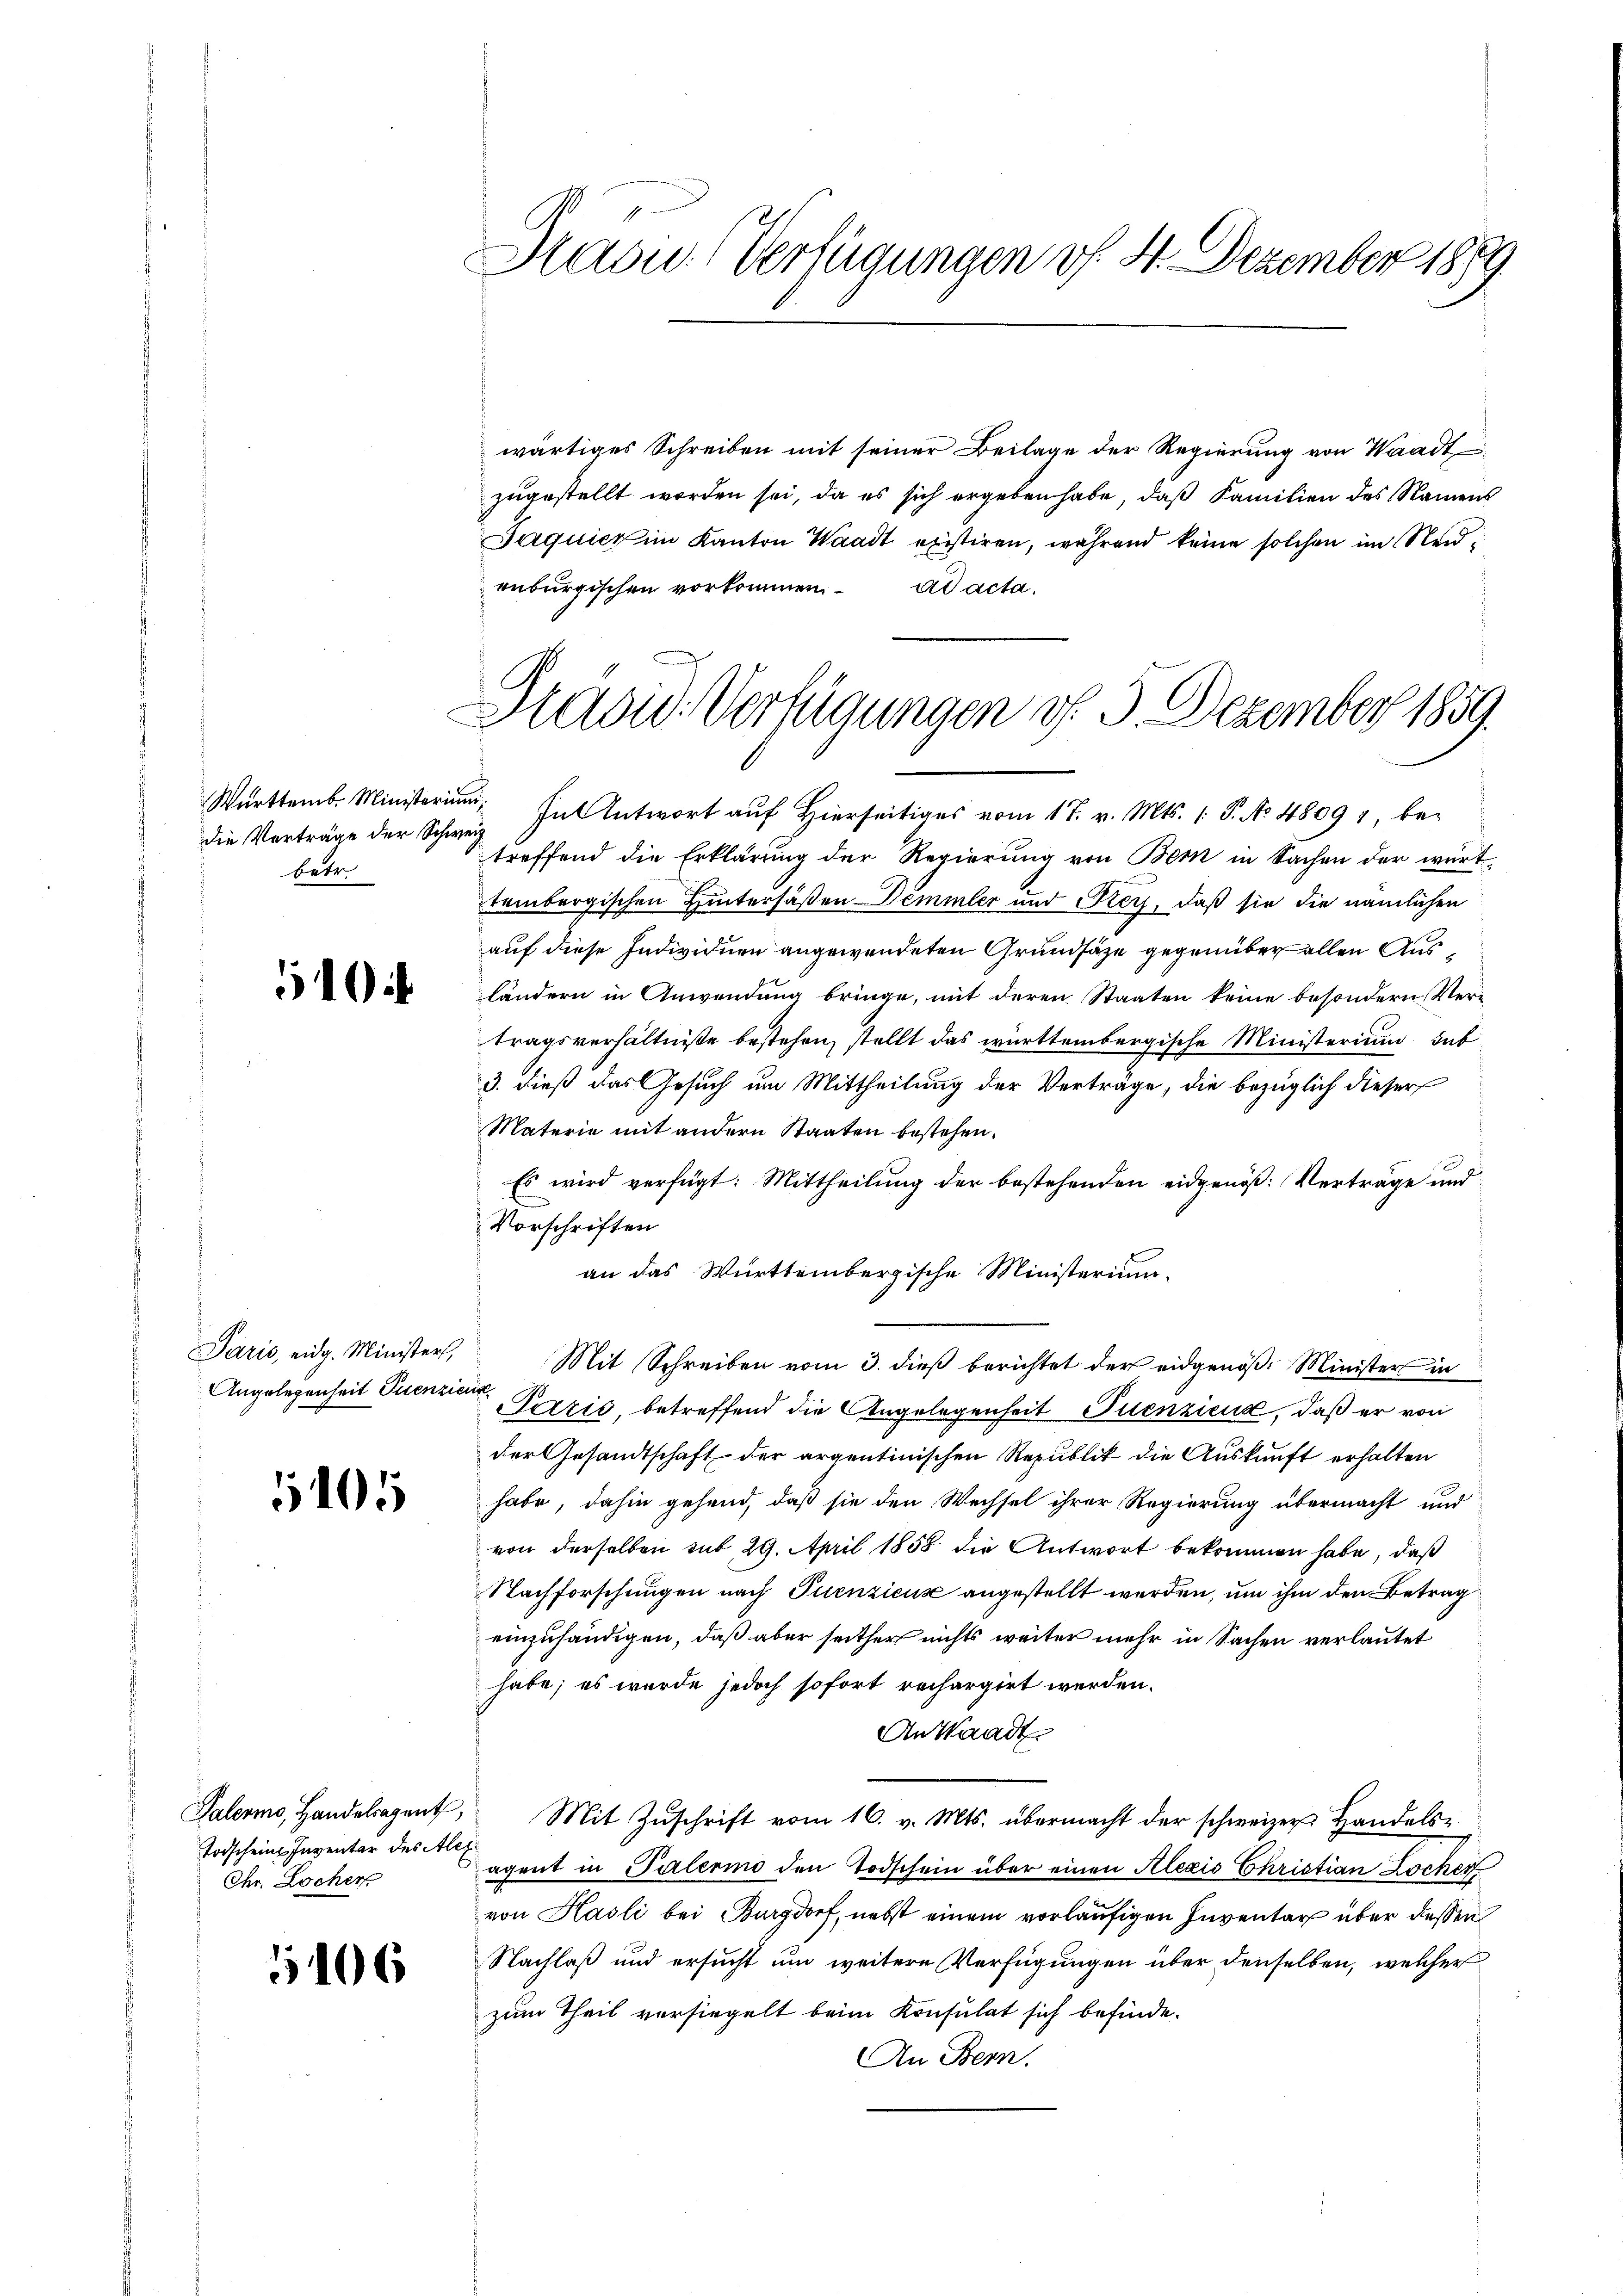
Württemb. Ministerium
die Verträge der Schweibetr

510

Paris, eidg. Minister,
Angelegenheit Puenzie

1405

Palermo, Handelsagent,
Todschein Inventar des Ale¬
Chr. Locher

1106

wärtiges Schreiben mit seiner Beilage der Regierung von Waadt
zugestellt worden sei, da es sich ergeben habe, daß Familien des Namens
Jaquier im Kanton Waadt existiren, während keine solchen im Neidenburgischen vorkommen. ad acta.

Hasu. Verfügungen v. 4. Dezember 1889.

Pradu. Verfügungen v. 5. Dezember 1859.
C

In Antwort auf Hierseitiges vom 17. v. Mts. 1. P. No 4809 betreffend die Erklärung der Regierung von Bem in Sachen der wirt
tembergischen Hintersäßen Demmler und Frey, daß sie die nämlichen
auf diese Individuen angewendeten Grundsätze gegenüber allen Ausländern in Anwendung bringe, mit deren Staaten keine besondern Ver-
tragsverhältniße bestehen, stellt das württembergische Ministerium dab
3. dieß das Gesuch um Mittheilung der Verträge, die bezüglich dieser
Materie mit andern Staaten bestehen.
Es wird verfügt: Mittheilung der bestehenden eidgenöß: Verträge und
Vorschriften
an das Württembergische Ministerium.
Mit Schreiben vom 3. dieß berichtet der eidgenöß: Minister in
Petris, betreffend die Angelegenheit Tuenzien, daß er von
der Gesandtschaft der argentinischen Republik die Auskunft erhalten
habe, dahin gehend, daß sie den Wechsel ihrer Regierung übermacht und
von derselben mit 29. April 1858 die Antwort bekommen habe, daß
Nachforschungen nach Tuenzicus angestellt werden, um ihm den Betrag
einzuhändigen, daß aber seither nichts weiter mehr in Sachen verlautet
habe; es wurde jedoch sofort rechargirt werden.
An Waadt
Mit Zuschrift vom 16. v. Mts. übermacht der schweizer Handelsagent in Palermo den Todschein über einen Alexis Christian Locher,
von Hasli bei Burgdorf, nebst einem vorläufigen Inventar über dessen
Nachlaß und ersucht um weitere Verfügungen über denselben, welcher
zum Theil versiegelt beim Konsulat sich befinde.
An Bern.